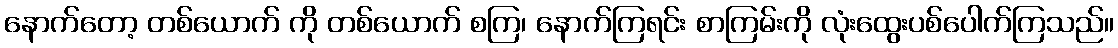
နောက်တော့ တစ်ယောက် ကို တစ်ယောက် စကြ၊ နောက်ကြရင်း စာကြမ်းကို လုံးထွေးပစ်ပေါက်ကြသည်။